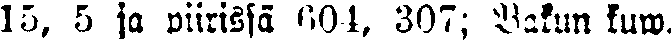
15, 5 ja piirissä 604, 307; bakun kuw.